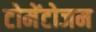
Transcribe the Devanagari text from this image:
टोमेंटोजम